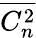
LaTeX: \overline{{C_{n}^{2}}}